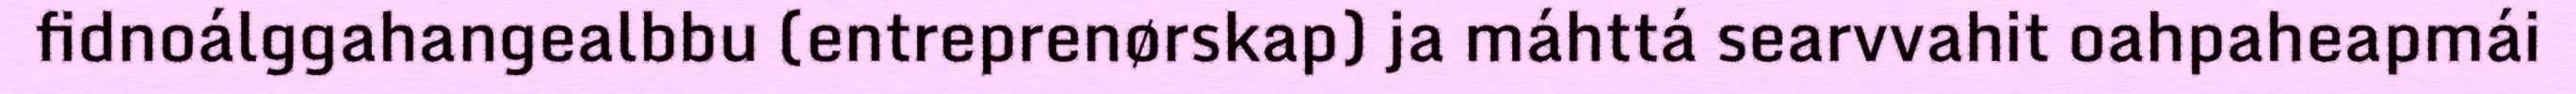
fidnoálggahangealbbu (entreprenørskap) ja máhttá searvvahit oahpaheapmái